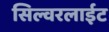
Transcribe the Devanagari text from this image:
सिल्वरलाईट